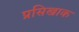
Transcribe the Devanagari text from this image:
प्रसिखाक